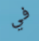
في